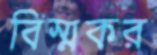
বিস্মকর